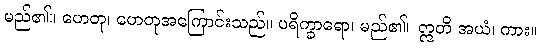
မည်၏။ ဟေတု၊ ဟေတုအကြောင်းသည်။ ပရိက္ခာရော၊ မည်၏။ ဣတိ အယံ၊ ကား။